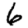
Digit: 6